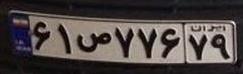
۶۱ص۷۷۶۷۹